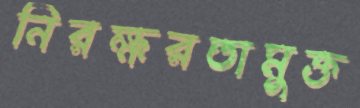
নিরক্ষরতামুক্ত